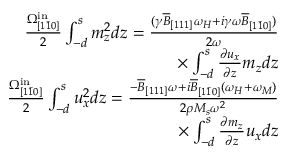
\begin{array} { r } { \frac { \Omega _ { [ 1 \bar { 1 } 0 ] } ^ { \mathrm { i n } } } { 2 } \int _ { - d } ^ { s } m _ { z } ^ { 2 } d z = \frac { ( \gamma \overline { { B } } _ { [ 1 1 1 ] } \omega _ { H } + i \gamma \omega \overline { { B } } _ { [ 1 \bar { 1 } 0 ] } ) } { 2 \omega } } \\ { \times \int _ { - d } ^ { s } \frac { \partial u _ { x } } { \partial z } m _ { z } d z } \\ { \frac { \Omega _ { [ 1 \bar { 1 } 0 ] } ^ { \mathrm { i n } } } { 2 } \int _ { - d } ^ { s } u _ { x } ^ { 2 } d z = \frac { - \overline { { B } } _ { [ 1 1 1 ] } \omega + i \overline { { B } } _ { [ 1 \bar { 1 } 0 ] } ( \omega _ { H } + \omega _ { M } ) } { 2 \rho M _ { s } \omega ^ { 2 } } } \\ { \times \int _ { - d } ^ { s } \frac { \partial m _ { z } } { \partial z } u _ { x } d z } \end{array}